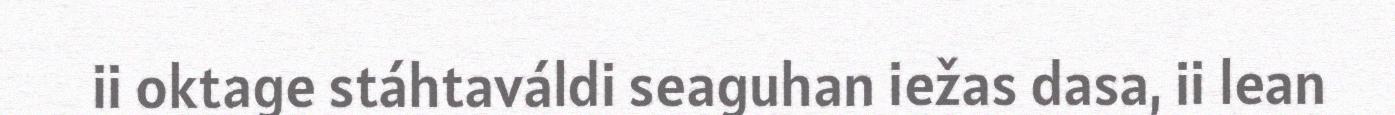
ii oktage stáhtaváldi seaguhan iežas dasa, ii lean